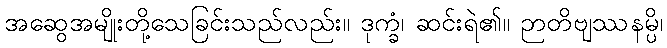
အဆွေအမျိုးတို့သေခြင်းသည်လည်း။ ဒုက္ခံ၊ ဆင်းရဲ၏။ ဉာတိဗျဿနမ္ပိ၊